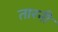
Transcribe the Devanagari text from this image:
तारनी